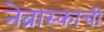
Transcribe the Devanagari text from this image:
नेब्रास्काची